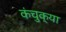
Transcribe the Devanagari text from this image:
कंचुक्या